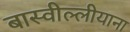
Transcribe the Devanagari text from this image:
बास्वील्लीयाना